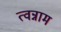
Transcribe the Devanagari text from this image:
त्वन्नाम